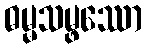
ဓမ္မသမ္ဖဿော